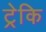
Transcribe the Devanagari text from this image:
ट्रेकि